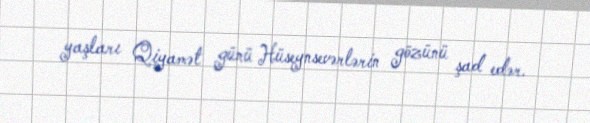
yaşları Qiyamət günü Hüseynsevərlərin gözünü şad edər.